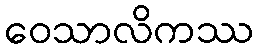
ဝေသာလိကဿ